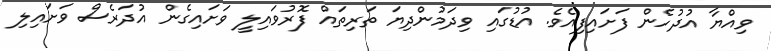
ވިއްޔާ އުދުހެން ފަށައިފިއެވެ. އުޑުގައި ވިދަމުންދިޔަ ތަރިތައް ފޮރުވައިލީ ވަށައިގެން އުދަރެސް ވަށައިލި